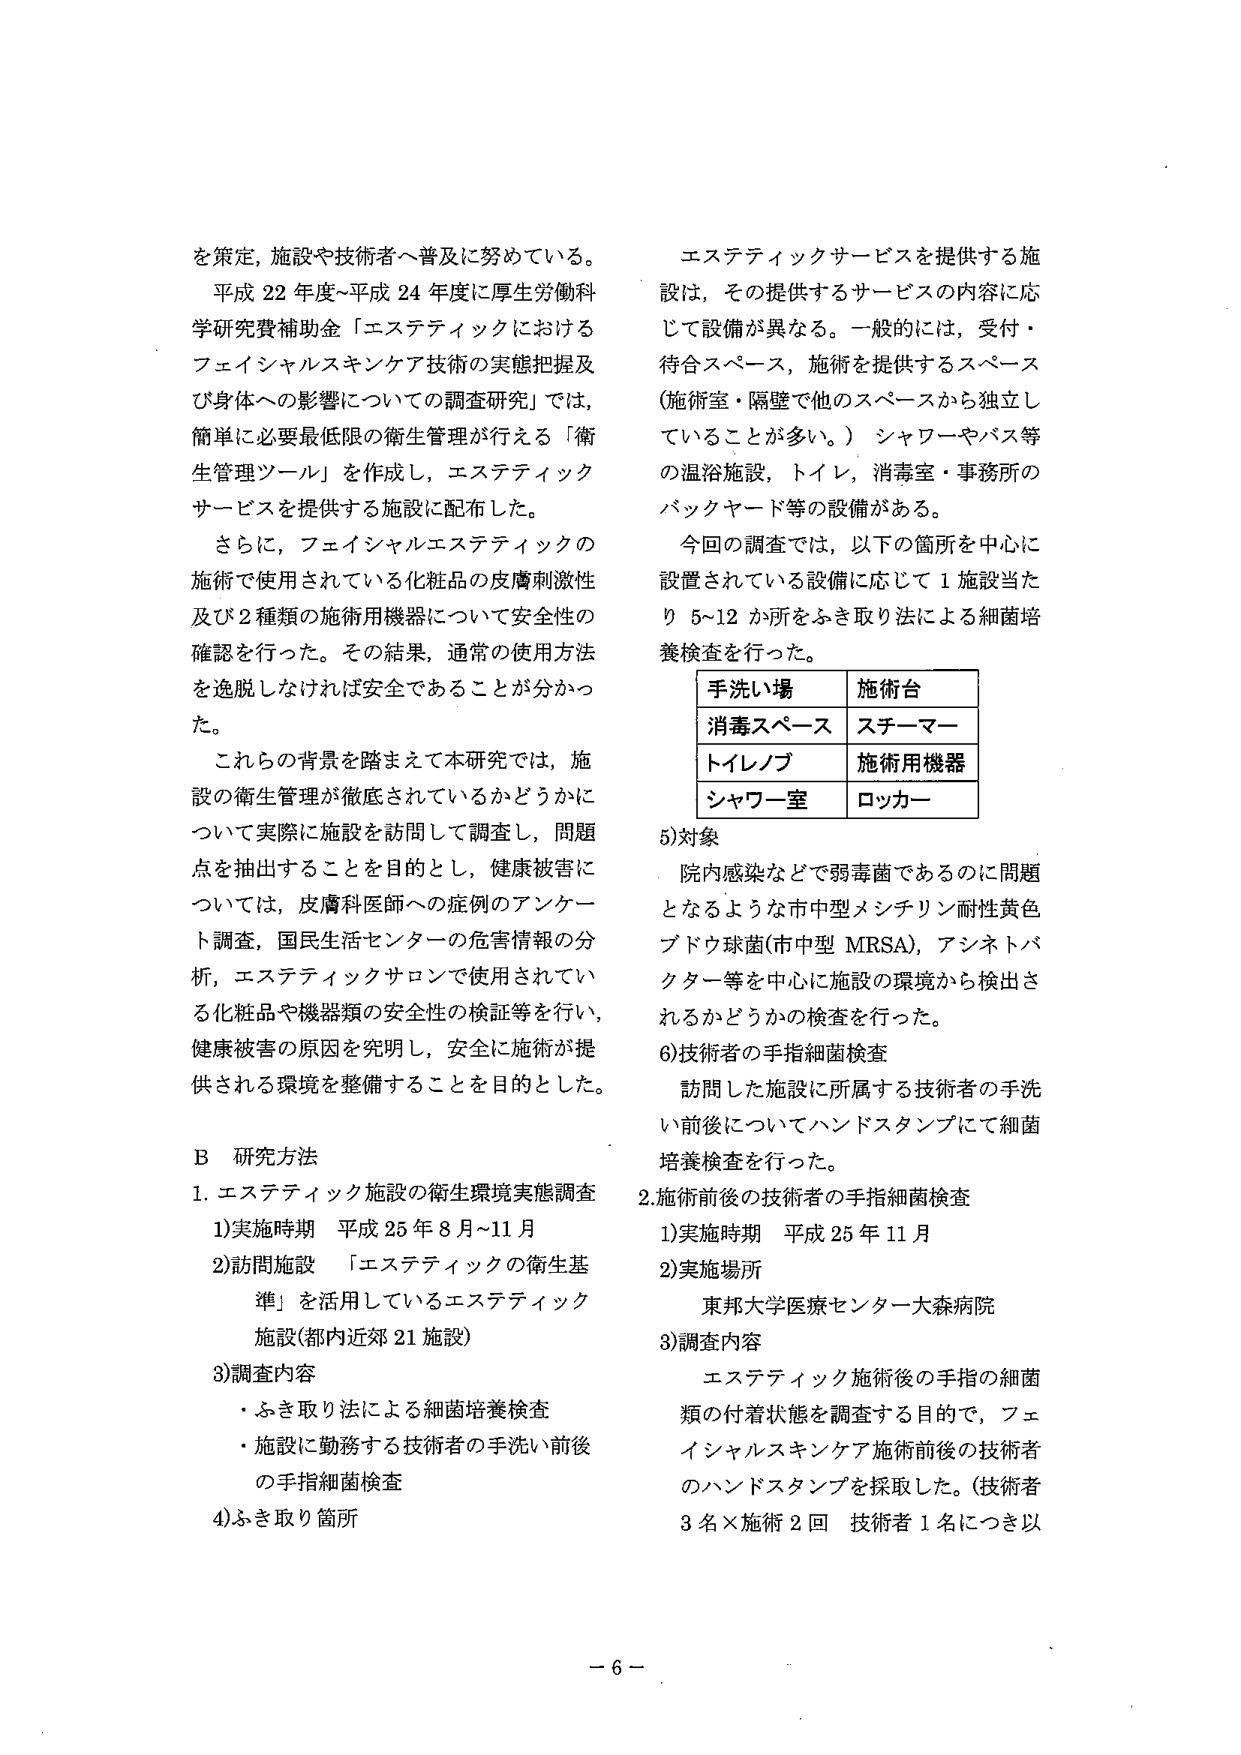
を策定，施設や技術者へ普及に努めている。
平成22年度～平成24年度に厚生労働科学研究費補助金「エステティックにおけるフェイシャルスキンケア技術の実態把握及び身体への影響についての調査研究」では，簡単に必要最低限の衛生管理が行える「衛生管理ツール」を作成し，エステティックサービスを提供する施設に配布した。
さらに，フェイシャルエステティックの施術で使用されている化粧品の皮膚刺激性及び2種類の施術用機器について安全性の確認を行った。その結果，通常の使用方法を逸脱しなければ安全であることが分かった。
これらの背景を踏まえて本研究では，施設の衛生管理が徹底されているかどうかについて実際に施設を訪問して調査し，問題点を抽出することを目的とし，健康被害については，皮膚科医師への症例のアンケート調査，国民生活センターの危害情報の分析，エステティックサロンで使用されている化粧品や機器類の安全性の検証等を行い，健康被害の原因を究明し，安全に施術が提供される環境を整備することを目的とした。

B 研究方法
1. エステティック施設の衛生環境実態調査
　1) 実施時期 平成25年8月～11月
　2) 訪問施設 「エステティックの衛生基準」を活用しているエステティック施設（都内近郊21施設）
　3) 調査内容
　　・ふき取り法による細菌培養検査
　　・施設に勤務する技術者の手洗い前後の手指細菌検査
　4) ふき取り箇所

エステティックサービスを提供する施設は，その提供するサービスの内容に応じて設備が異なる。一般的には，受付・待合スペース，施術を提供するスペース（施術室・隔壁で他のスペースから独立していることが多い。）シャワーやバス等の温浴施設，トイレ，消毒室・事務所のバックヤード等の設備がある。
今回の調査では，以下の箇所を中心に設置されている設備に応じて1施設当たり5～12か所をふき取り法による細菌培養検査を行った。

| 手洗い場 | 施術台 |
|----------|--------|
| 消毒スペース | スチーマー |
| トイレノブ | 施術用機器 |
| シャワー室 | ロッカー |

5) 対象
院内感染などで弱毒菌であるのに問題となるような市中型メチシリン耐性黄色ブドウ球菌（市中型MRSA），アシネトバクター等を中心に施設の環境から検出されるかどうかの検査を行った。

6) 技術者の手指細菌検査
訪問した施設に所属する技術者の手洗い前後についてハンドスタンプにて細菌培養検査を行った。

2. 施術前後の技術者の手指細菌検査
　1) 実施時期 平成25年11月
　2) 実施場所
　　　東邦大学医療センター大森病院
　3) 調査内容
　　　エステティック施術後の手指の細菌類の付着状態を調査する目的で，フェイシャルスキンケア施術前後の技術者のハンドスタンプを採取した。（技術者3名×施術2回 技術者1名につき以

－6－